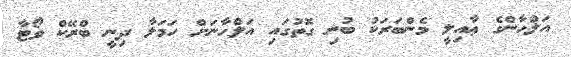
އަލްހާންގެ ޢާއިލީ މެންބަރަކު ބުނި ގޮތުގައި އަލްހާނަށް ހަމަލާ ދިނީ ބްރޭކް ވޯޓާ